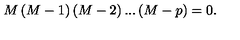
M \left( M - 1 \right) \left( M - 2 \right) . . . \left( M - p \right) = 0 .